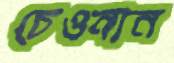
চেওনান